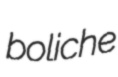
boliche